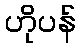
ဟိုပန်